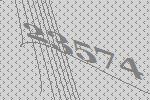
23574